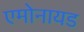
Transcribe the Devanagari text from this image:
एमोनायड